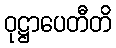
ဝုဋ္ဌာပေတီတိ